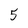
Character: 5